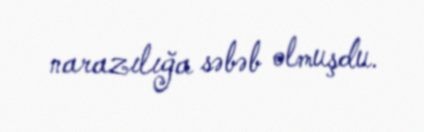
narazılığa səbəb olmuşdu.